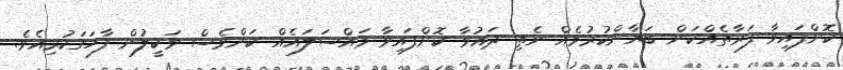
ކޮށްފައިވާ ފަރާތެއްކަން ބަޔާންކުރުމެއް ނެތި ދައުވާ ކޮށްފައިވާ މައްސަލައެއް ކަންވެސް ވަކީލުން ފާހަގަކުރިއެވެ.